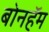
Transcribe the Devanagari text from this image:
बोनहॅम